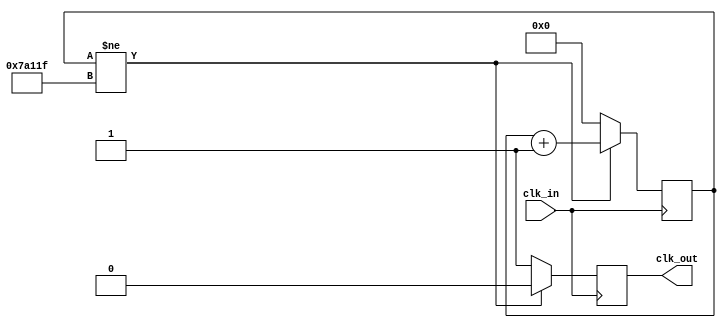
`timescale 1ns / 1ps
//////////////////////////////////////////////////////////////////////////////////
// Company: 
// Engineer: 
// 
// Design Name: 
// Module Name: Slow_Clock
// Project Name: 
// Target Devices: 
// Tool Versions: 
// Description: 
// 
// Dependencies: 
// 
// Revision:
// Revision 0.01 - File Created
// Additional Comments:
// 
//////////////////////////////////////////////////////////////////////////////////


module Slow_Clock_100Hz(
    input clk_in, // input clock which is 100 mHz from the Basys 3 board
    output reg clk_out // slow clock at 100 Hz frequency 
    );
    
    reg[20:0] period_count = 0;
    
    always @(posedge clk_in)
        if(period_count != 500000 - 1) //if the statement is not true, period_count cnot equivalent to 499999
            begin
                period_count <= period_count + 1; //increment period_count by 1
                clk_out <=0; //clk_out gets set to 0
            end
        else
            begin
                period_count <=0; // reset count to 0
                clk_out <= 1; // clk_out gets set to 1
            end
    endmodule
    
    // Previous code
    //reg [24:0] count=0; // 2 power 20, 104856
    
    //always @(posedge clk_in) // whenever the positive edge of the clock arrives
    //begin
    //count<=count+1; // counter incremented by 1
    //if (count==50_000_000) // once the counter reaches the value of 50,000,000
    //begin
    //count<=0; //counter should reset itself
    //clk_out = ~clk_out; //clock signal should invert
    //end
    //end